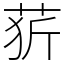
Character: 䓄